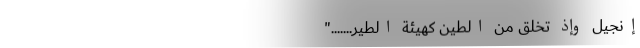
إِنْجِیلَ وَإِذْ تَخْلُقُ مِنَ الطِّینِ کَهَیْئَةِ الطَّیْرِ......."